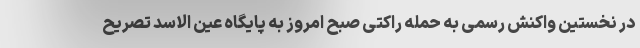
در نخستین واکنش رسمی به حمله راکتی صبح امروز به پایگاه عین الاسد تصریح